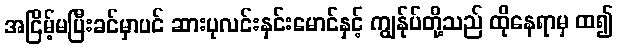
အငြိမ့်မပြီးခင်မှာပင် ဆားပုလင်းနှင်းမောင်နှင့် ကျွန်ုပ်တို့သည် ထိုနေရာမှ ထ၍